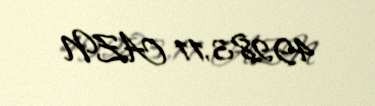
49283,11 AZN